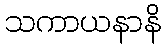
သကာယနာနိ